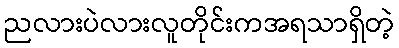
ညလားပဲလားလူတိုင်းကအရသာရှိတဲ့